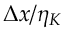
\Delta x / \eta _ { K }